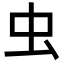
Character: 虫